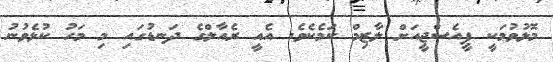
މޮޅުވުމަކީ ޕީއެސްޖީއަށް ލާޒިމް ކަމެކެވެ. އެއީ ރެއާލްގެ ދަނޑުގައި މި މަހު ކުޅެވުނު